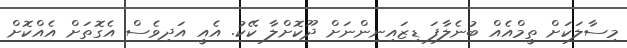
މިސާލަކަށް ތީމްއެއް ބުނެލާފަ ޑިޒައިނިންނަށް ދޫކޮށްލާ ކޭކު. އެއީ އަދިވެސް އެގޮތަށް އެއްކޮށް